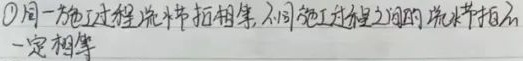
\textcircled{1} 同一施工过程流水节拍相等，不同施工过程之间的流水节拍不一定相等。